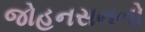
જોહનસનનો